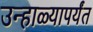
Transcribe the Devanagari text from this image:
उन्हाळ्यापर्यंत